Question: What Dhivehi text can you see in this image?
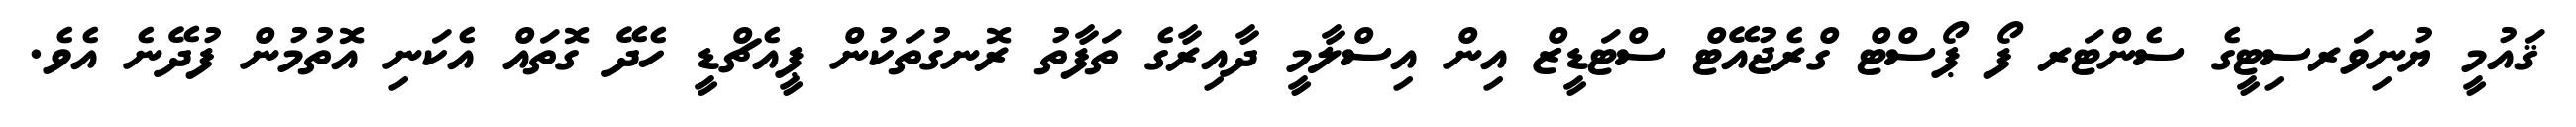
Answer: ޤައުމީ ޔުނިވަރސިޓީގެ ސެންޓަރ ފޯ ޕޯސްޓް ގްރެޖުއޭޓް ސްޓަޑީޒް އިން އިސްލާމީ ދާއިރާގެ ތަފާތު ރޮނގުތަކުން ޕީއެޗްޑީ ހެދޭ ގޮތައް އެކަނި އޮތުމުން ފުދޭނެ އެވެ.